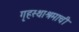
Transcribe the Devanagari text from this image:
गृहस्थाश्रमाची